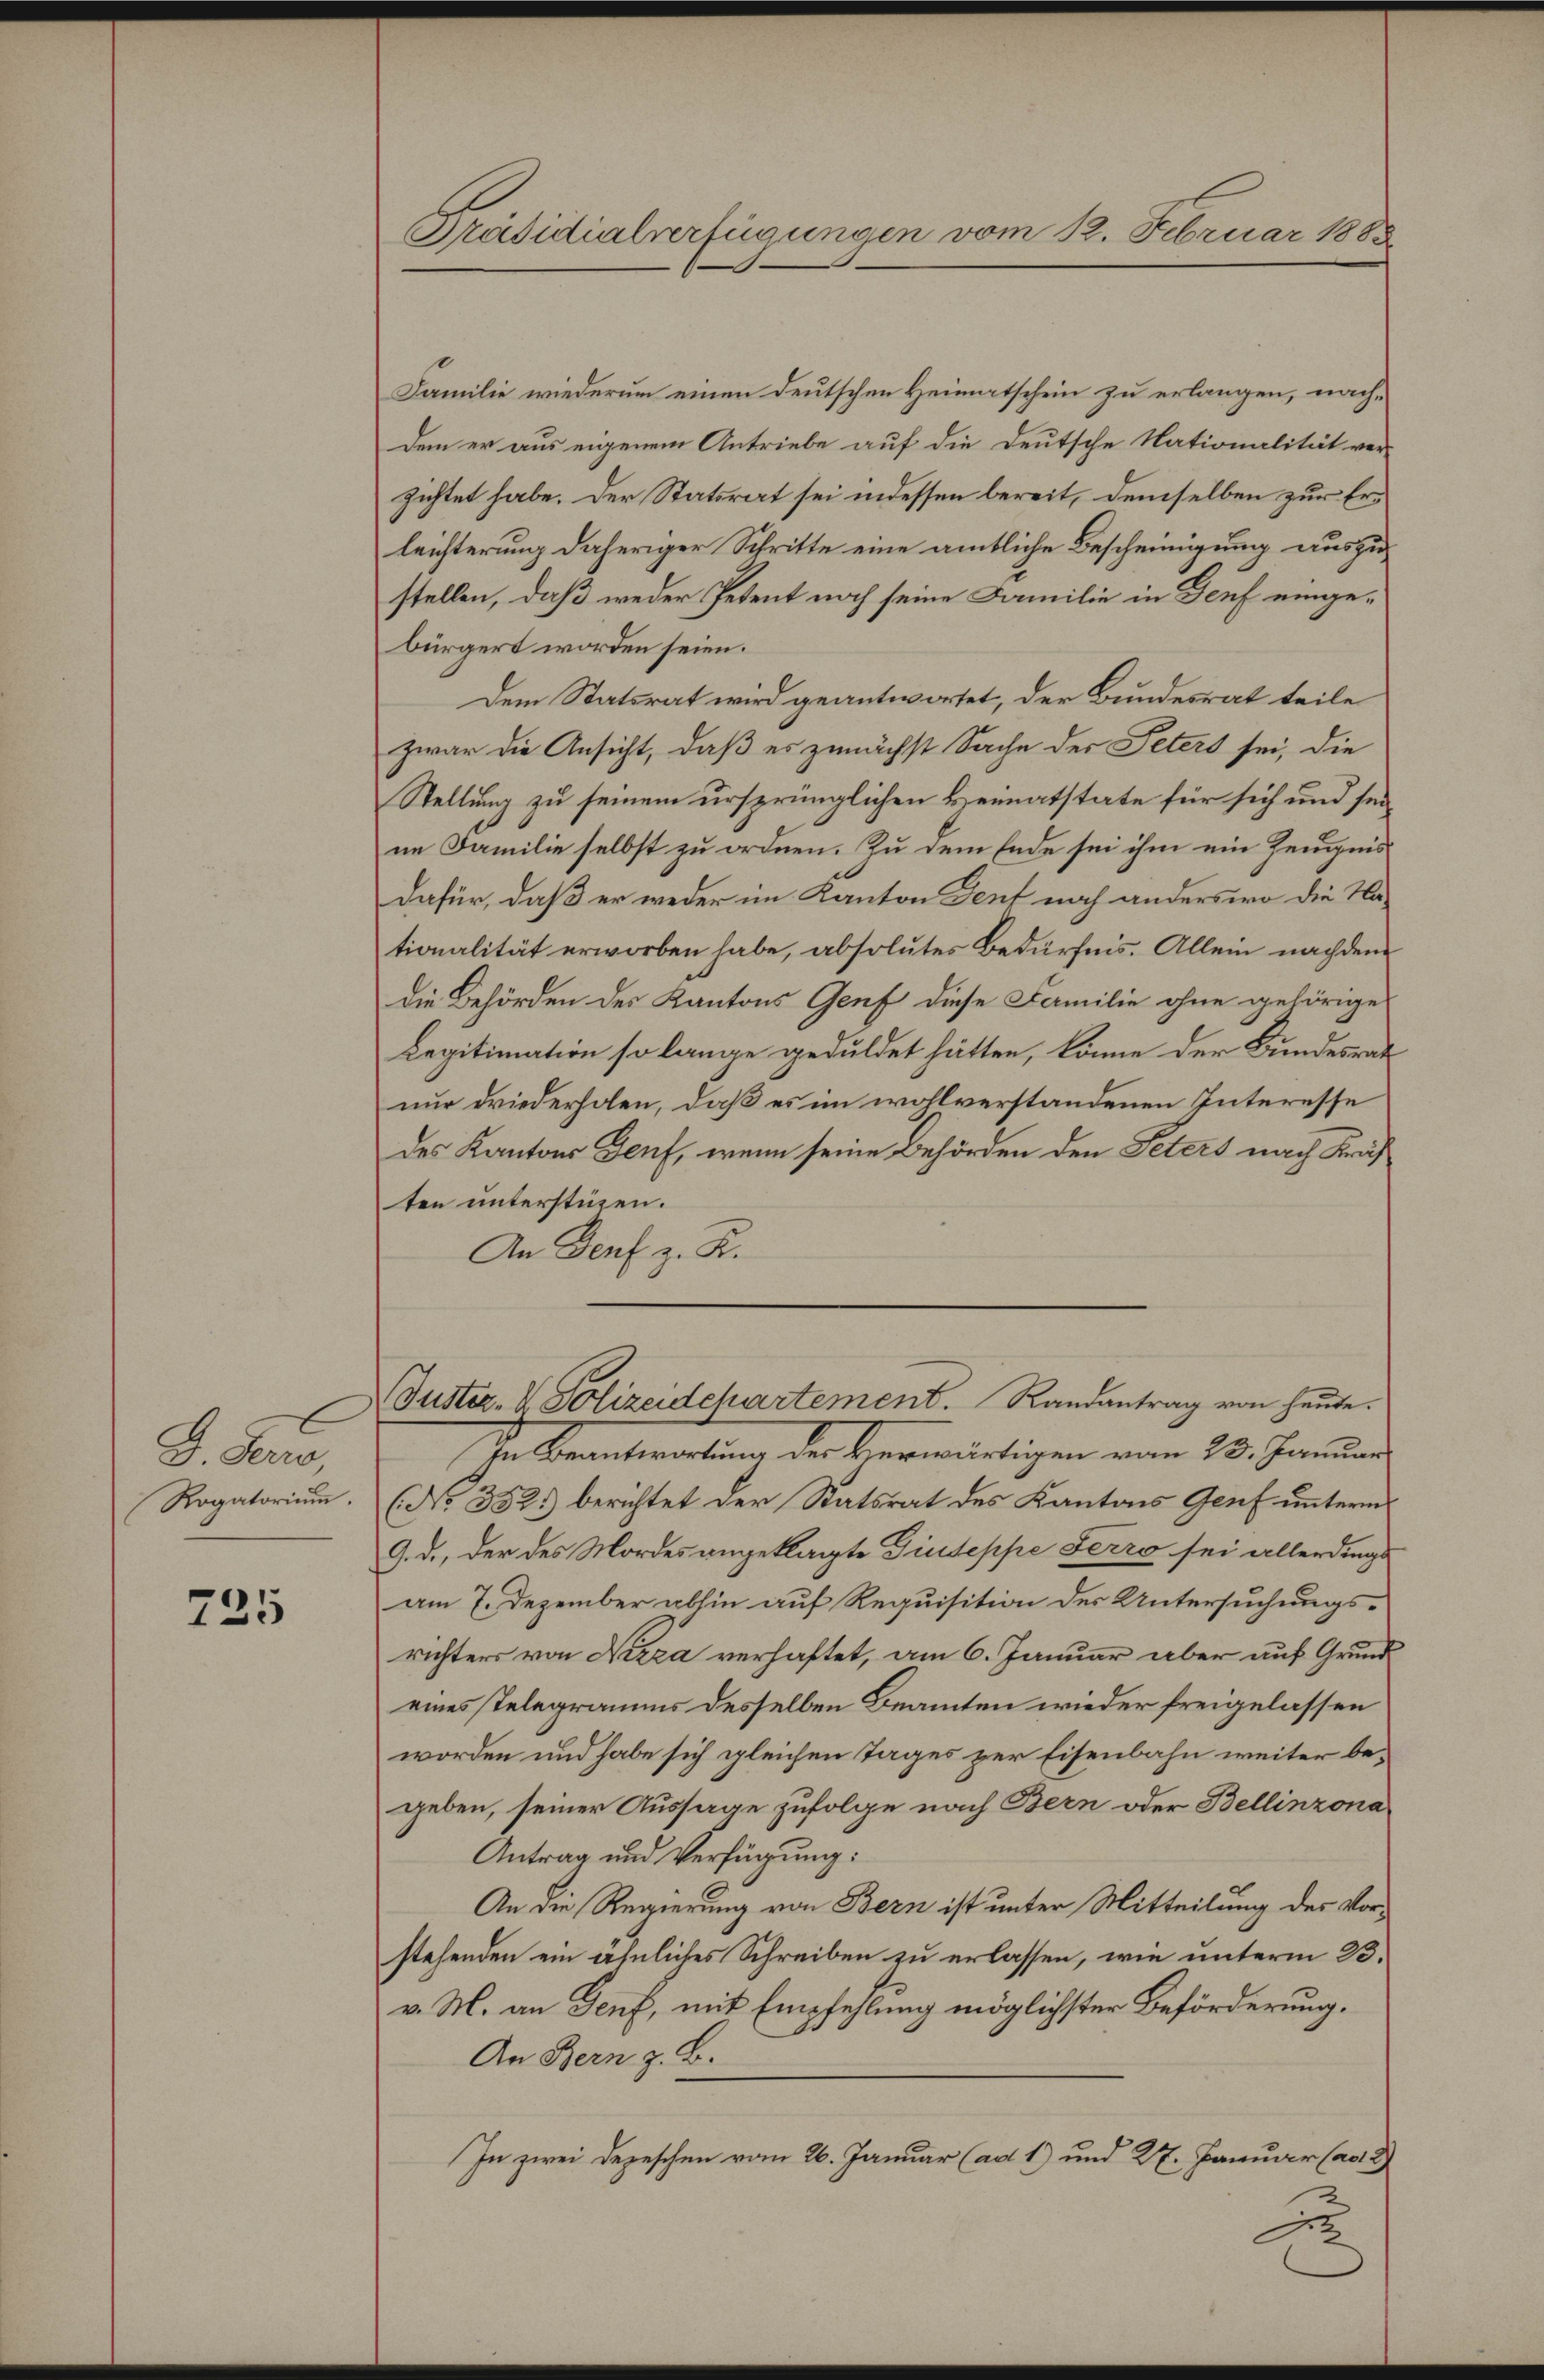
J. Ferne
Rogatorium.

725

Präsidialverfügungen vom 12. Februar 1888

Familie wiederum einen deutschen Heimatschein zu erlangen, nachdem er aus eigenem Antriebe auf die Deutsche Nationalität ver-
zichtet habe. Der Statsrat sei indessen bereit, demselben zur Erleichterung daheriger Schritte eine amtliche Bescheinigung auszustellen, daß weder Petent noch seine Familie in Genf eingebürgert worden seien.
Dem Statsrat wird geantwortet, der Bundesrat teile
zwar die Ansicht, daß es zunächst Sache der Peters sei, die
Stellung zu seinem ursprünglichen Heimatstate für sich und seine Familie selbst zu ordnen. Zu dem Ende sei ihm ein Zeugnis
dafür, daß er weder im Kanton Tent noch anders wo die Nationalität erworben habe, absolutes Bedürfnis. Allein nachdem
die Behörden des Kantons Genf diese Familie ohne gehörige
Legitimation so lange geduldet hätten, könne der Bundesrath
nur driederholen, daß es im wohlverstandenen Interesse
des Kantons Genf, wenn seine Behörden den Peters nach Kräften unterstüzen.
An Genf z. R.
Justiz- & Polizeidchartement. Randantrag von heute.
In Beantwortung der verwärtigen vom 28. Januar
(No 352.) berichtet der Statsrat des Kantons Genf unterm
9. d., der des Mordes angeklagte Giuseppe Ferro sei allerdings
am 7. Dezember abhin auf Requisition des Untersuchungsrichters von Nizza verhaftet, am 6. Januar aber auf Grundeines Telegramms desselben Beamten wieder freigelassen
worden und habe sich gleichen Tages zur Eisenbahn weiter begeben, seiner Aussage zufolge nach Bern oder Bellinzona
Antrag und Verfügung:
An die Regierung von Bern ist unter Mitteilung des Vorstehenden ein ähnliches Schreiben zu erlassen, wie unterm 23.
v. M. an Genf, mit Empfehlung möglichster Beförderung,
An Bern z. B.
In zwei Depeschen vom 26. Januar (ad 1) und 27. Januar (ad 2
A